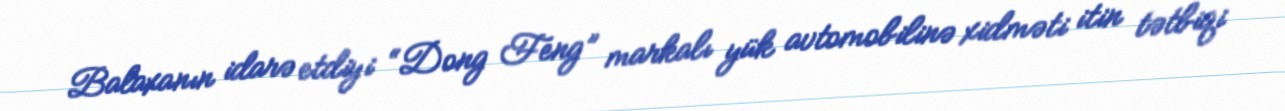
Balaxanın idarə etdiyi “Dong Feng” markalı yük avtomobilinə xidməti itin tətbiqi